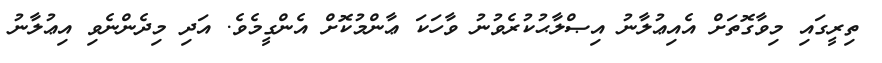
ތިރީގައި މިވާގޮތަށް އެއިޢުލާނު އިޞްލާޙުކުރެވުނު ވާހަކަ ޢާންމުކޮށް އެންގީމެވެ. އަދި މިދެންނެވި އިޢުލާނު